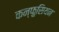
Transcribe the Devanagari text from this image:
कन्फ़ुसियन